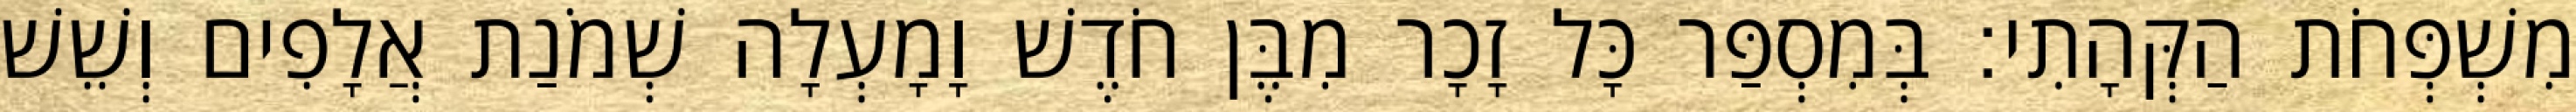
מִשְׁפְּחֹת הַקְּהָתִי׃ בְּמִסְפַּר כָּל זָכָר מִבֶּן חֹדֶשׁ וָמָעְלָה שְׁמֹנַת אֲלָפִים וְשֵׁשׁ